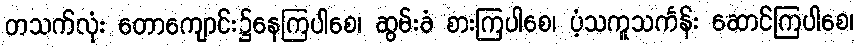
တသက်လုံး တောကျောင်း၌နေကြပါစေ၊ ဆွမ်းခံ စားကြပါစေ၊ ပံ့သကူသင်္ကန်း ဆောင်ကြပါစေ၊